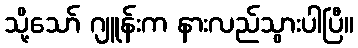
သို့သော် ဂျူန်းက နားလည်သွားပါပြီ။